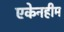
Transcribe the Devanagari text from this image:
एकेनहीम